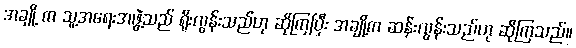
အချို့ က သူ့အရေးအဖွဲ့သည် ရိုးလွန်းသည်ဟု ဆိုကြပြီး အချို့က ဆန်းလွန်းသည်ဟု ဆိုကြသည်။